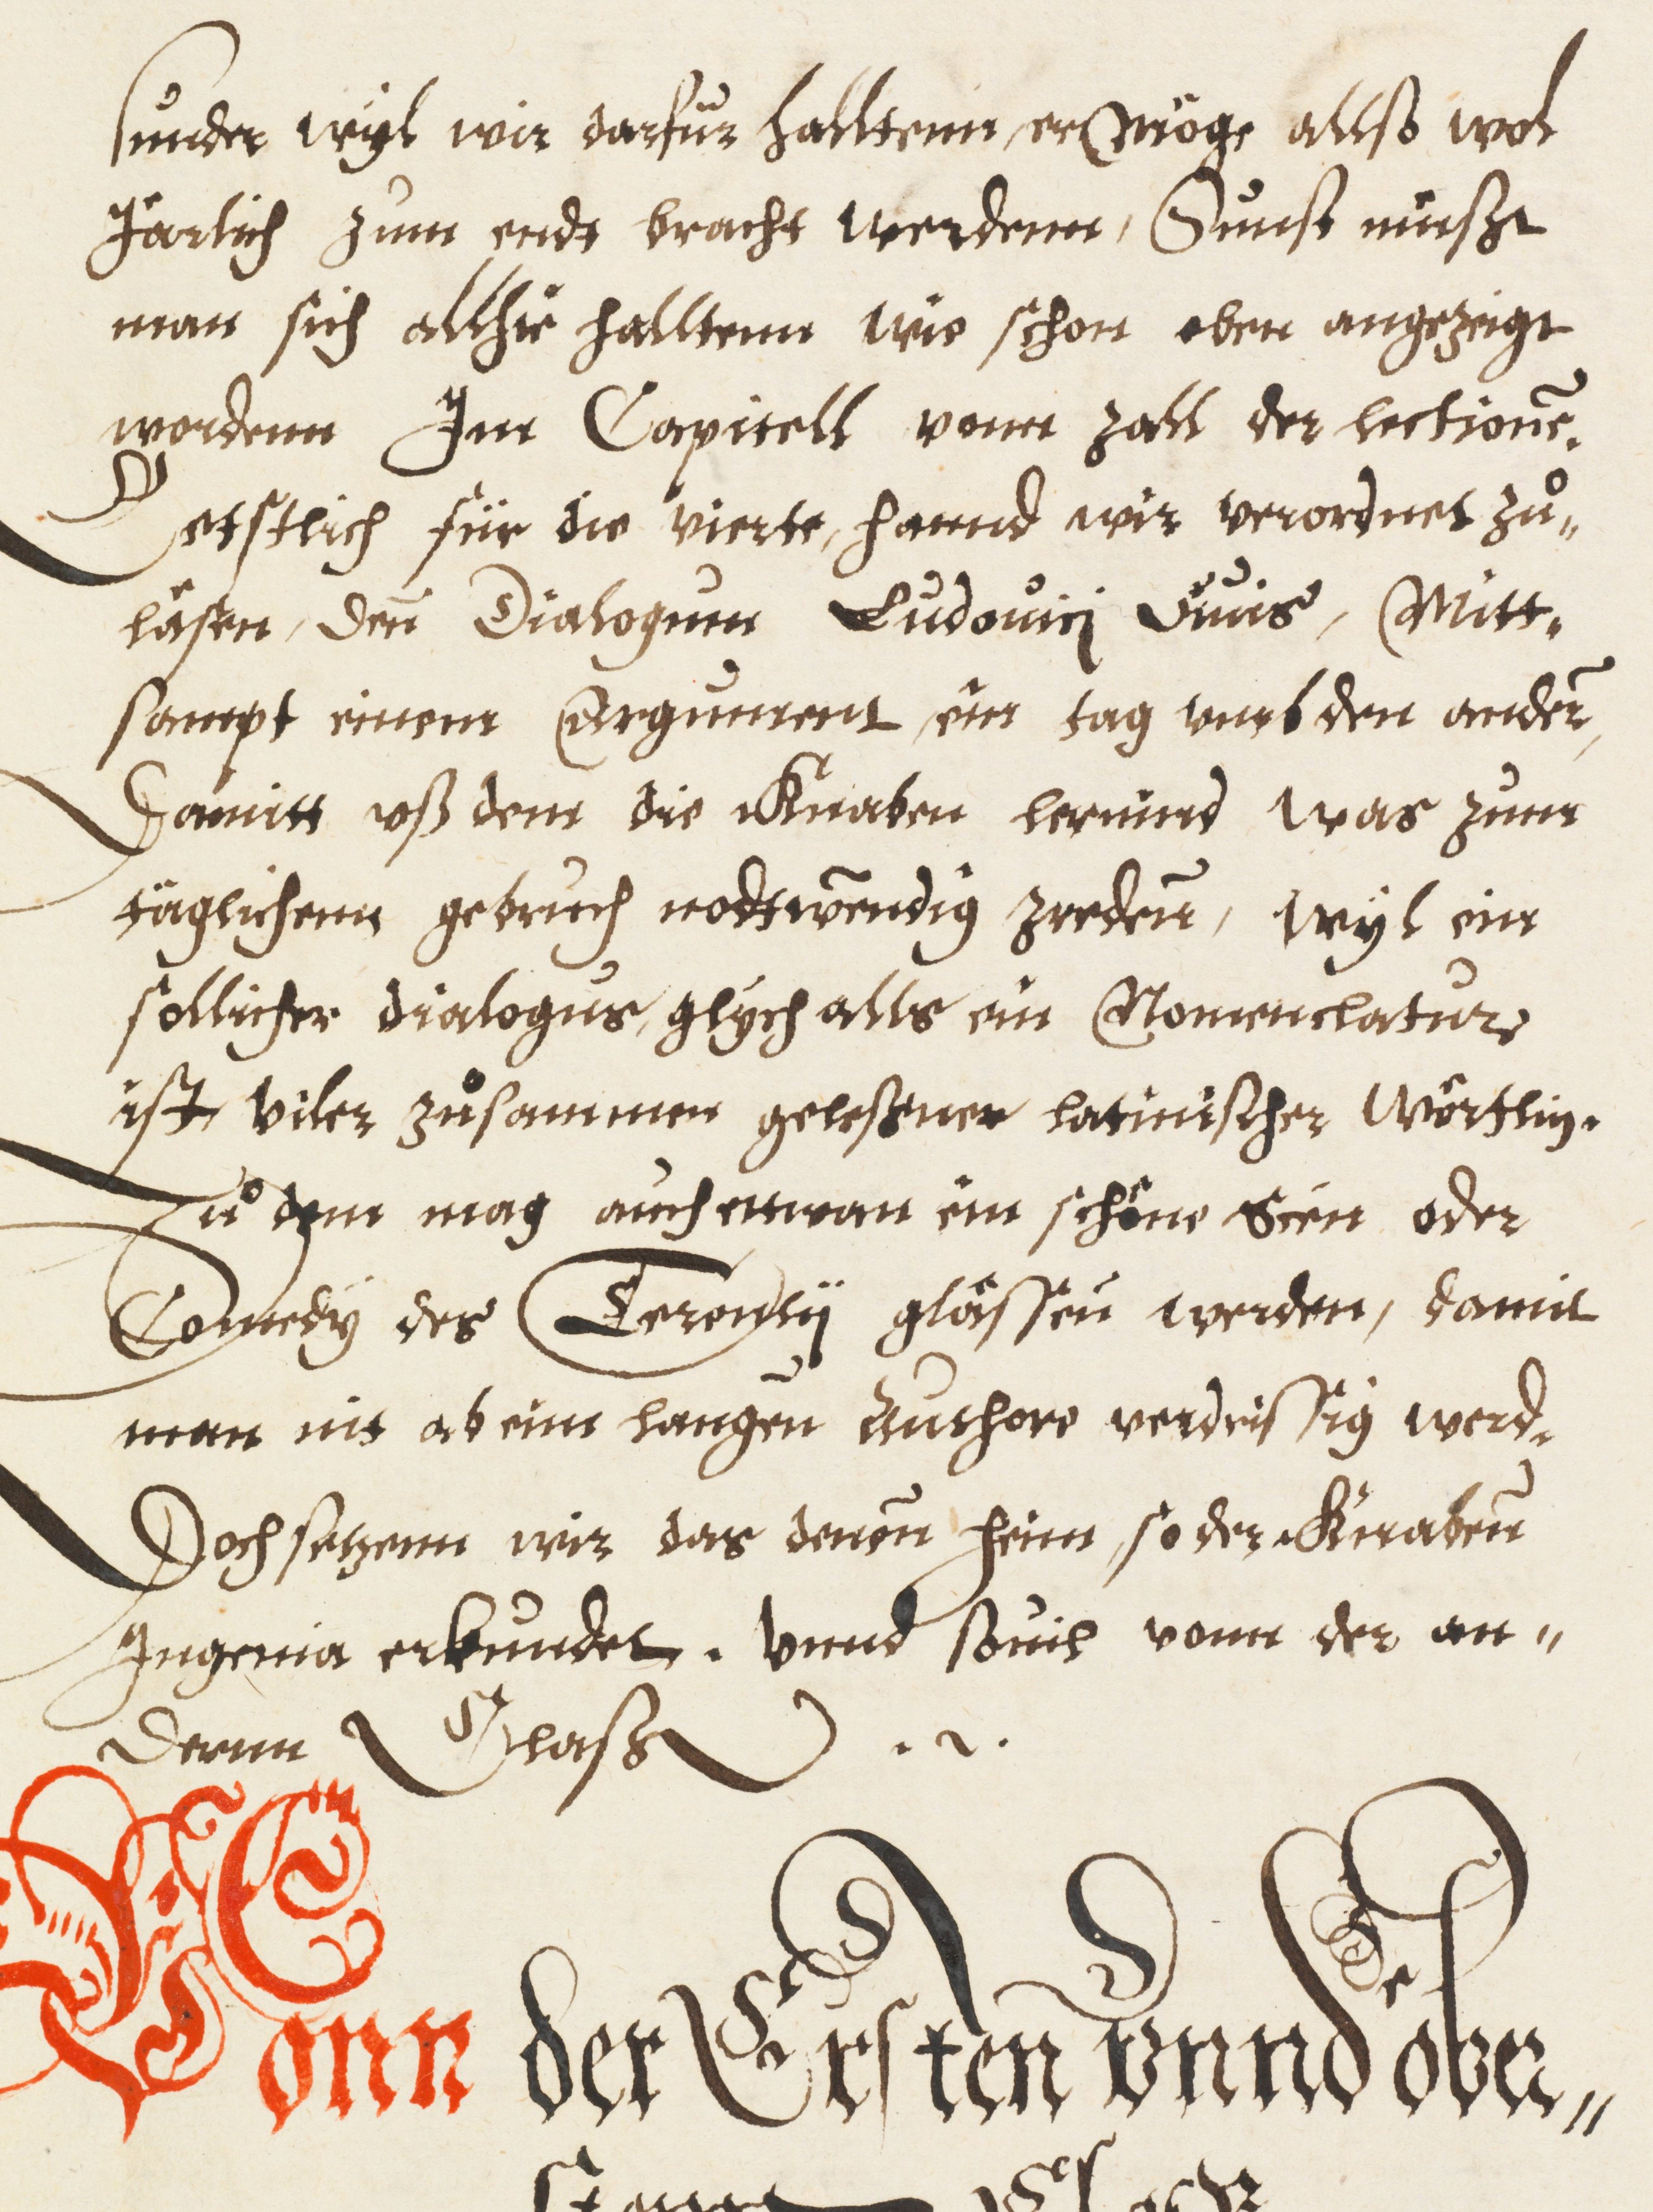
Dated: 1576–1577